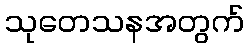
သုတေသနအတွက်